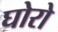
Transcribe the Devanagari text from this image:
घोरो